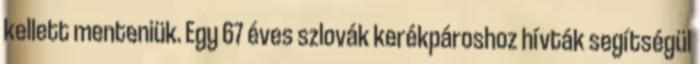
kellett menteniük. Egy 67 éves szlovák kerékpároshoz hívták segítségül